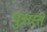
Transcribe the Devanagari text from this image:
पुत्रास्ते